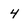
Character: 4